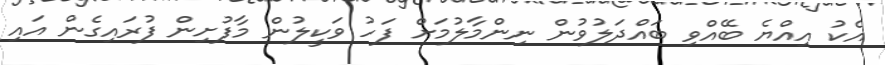
އެކު އިއްޔެ ބޭއްވި ބައްދަލުވުން ނިންމާލުމަށް ފަހު ވަކީލުން މާފުށިން ފުރައިގެން އައި